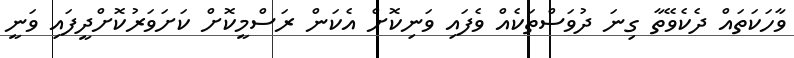
ވާހަކަތައް ދެކެވޭތާ ގިނަ ދުވަސްތަކެއް ވެފައި ވަނިކޮށް އެކަން ރަސްމީކޮށް ކަށަވަރުކޮށްދީފައި ވަނީ